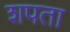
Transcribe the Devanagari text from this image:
शपता